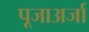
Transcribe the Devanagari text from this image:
पूजाअर्जा